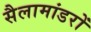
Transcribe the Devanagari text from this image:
सैलामांडरों